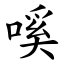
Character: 嗘